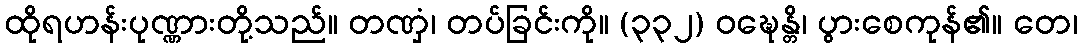
ထိုရဟန်းပုဏ္ဏားတို့သည်။ တဏှံ၊ တပ်ခြင်းကို။ (၃၃၂) ဝဍ္ဎေန္တိ၊ ပွားစေကုန်၏။ တေ၊